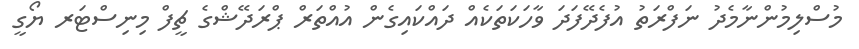
މުސްލިމުންނާމެދު ނަފްރަތު އުފެދޭފަދަ ވާހަކަތަކެއް ދައްކައިގެން އުއްތަރް ޕްރަދޭޝްގެ ޗީފް މިނިސްޓަރ ޔޯގީ